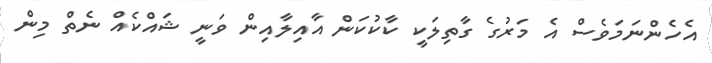
އެހެންނަމަވެސް އެ މަރުގެ ގާތިލަކީ ކާކުކަން އާއިލާއިން ވަނީ ޝައްކެއް ނެތް މިން